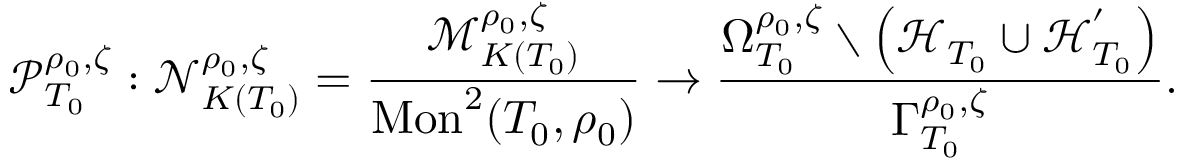
\mathcal { P } _ { T _ { 0 } } ^ { \rho _ { 0 } , \zeta } : \mathcal { N } _ { K ( T _ { 0 } ) } ^ { \rho _ { 0 } , \zeta } = \frac { \mathcal { M } _ { K ( T _ { 0 } ) } ^ { \rho _ { 0 } , \zeta } } { \mathrm { M o n } ^ { 2 } ( T _ { 0 } , \rho _ { 0 } ) } \to \frac { \Omega _ { T _ { 0 } } ^ { \rho _ { 0 } , \zeta } \setminus \left( \mathcal { H } _ { T _ { 0 } } \cup \mathcal { H } _ { T _ { 0 } } ^ { ' } \right) } { \Gamma _ { T _ { 0 } } ^ { \rho _ { 0 } , \zeta } } .